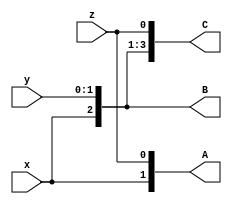
module top
(
 input x,
 input [1:0] y,
 input z,

 output [1:0] A,
 output [2:0] B,
 output [3:0] C
 );



assign A =  {x,z};
assign B = {x,y};
assign C =  {x,y,z};

endmodule


module test(input [7:0] A, B, output [7:0] Y);
  wire [15:0] AB = (A * B) + {A, B};  // merging to create {A, B}
  assign Y = AB[15:8] + AB[7:0];      // splitting to create AB[15:8] and AB[7:0]
endmodule